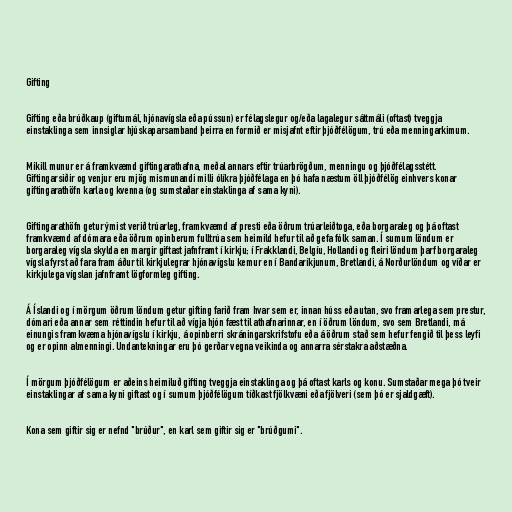
Gifting

Gifting eða brúðkaup (giftumál, hjónavígsla eða pússun) er félagslegur og/eða lagalegur sáttmáli (oftast) tveggja
einstaklinga sem innsiglar hjúskaparsamband þeirra en formið er misjafnt eftir þjóðfélögum, trú eða menningarkimum.

Mikill munur er á framkvæmd giftingarathafna, meðal annars eftir trúarbrögðum, menningu og þjóðfélagsstétt.
Giftingarsiðir og venjur eru mjög mismunandi milli ólíkra þjóðfélaga en þó hafa næstum öll þjóðfélög einhvers konar
giftingarathöfn karla og kvenna (og sumstaðar einstaklinga af sama kyni).

Giftingarathöfn getur ýmist verið trúarleg, framkvæmd af presti eða öðrum trúarleiðtoga, eða borgaraleg og þá oftast
framkvæmd af dómara eða öðrum opinberum fulltrúa sem heimild hefur til að gefa fólk saman. Í sumum löndum er
borgaraleg vígsla skylda en margir giftast jafnframt í kirkju; í Frakklandi, Belgíu, Hollandi og fleiri löndum þarf borgaraleg
vígsla fyrst að fara fram áður til kirkjulegrar hjónavígslu kemur en í Bandaríkjunum, Bretlandi, á Norðurlöndum og víðar er
kirkjulega vígslan jafnframt lögformleg gifting.

Á Íslandi og í mörgum öðrum löndum getur gifting farið fram hvar sem er, innan húss eða utan, svo framarlega sem prestur,
dómari eða annar sem réttindin hefur til að vígja hjón fæst til athafnarinnar, en í öðrum löndum, svo sem Bretlandi, má
einungis framkvæma hjónavígslu í kirkju, á opinberri skráningarskrifstofu eða á öðrum stað sem hefur fengið til þess leyfi
og er opinn almenningi. Undantekningar eru þó gerðar vegna veikinda og annarra sérstakra aðstæðna.

Í mörgum þjóðfélögum er aðeins heimiluð gifting tveggja einstaklinga og þá oftast karls og konu. Sumstaðar mega þó tveir
einstaklingar af sama kyni giftast og í sumum þjóðfélögum tíðkast fjölkvæni eða fjölveri (sem þó er sjaldgæft).

Kona sem giftir sig er nefnd "brúður", en karl sem giftir sig er "brúðgumi".